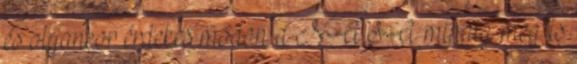
és olyankor érdekes módon a NASA mindig meg is